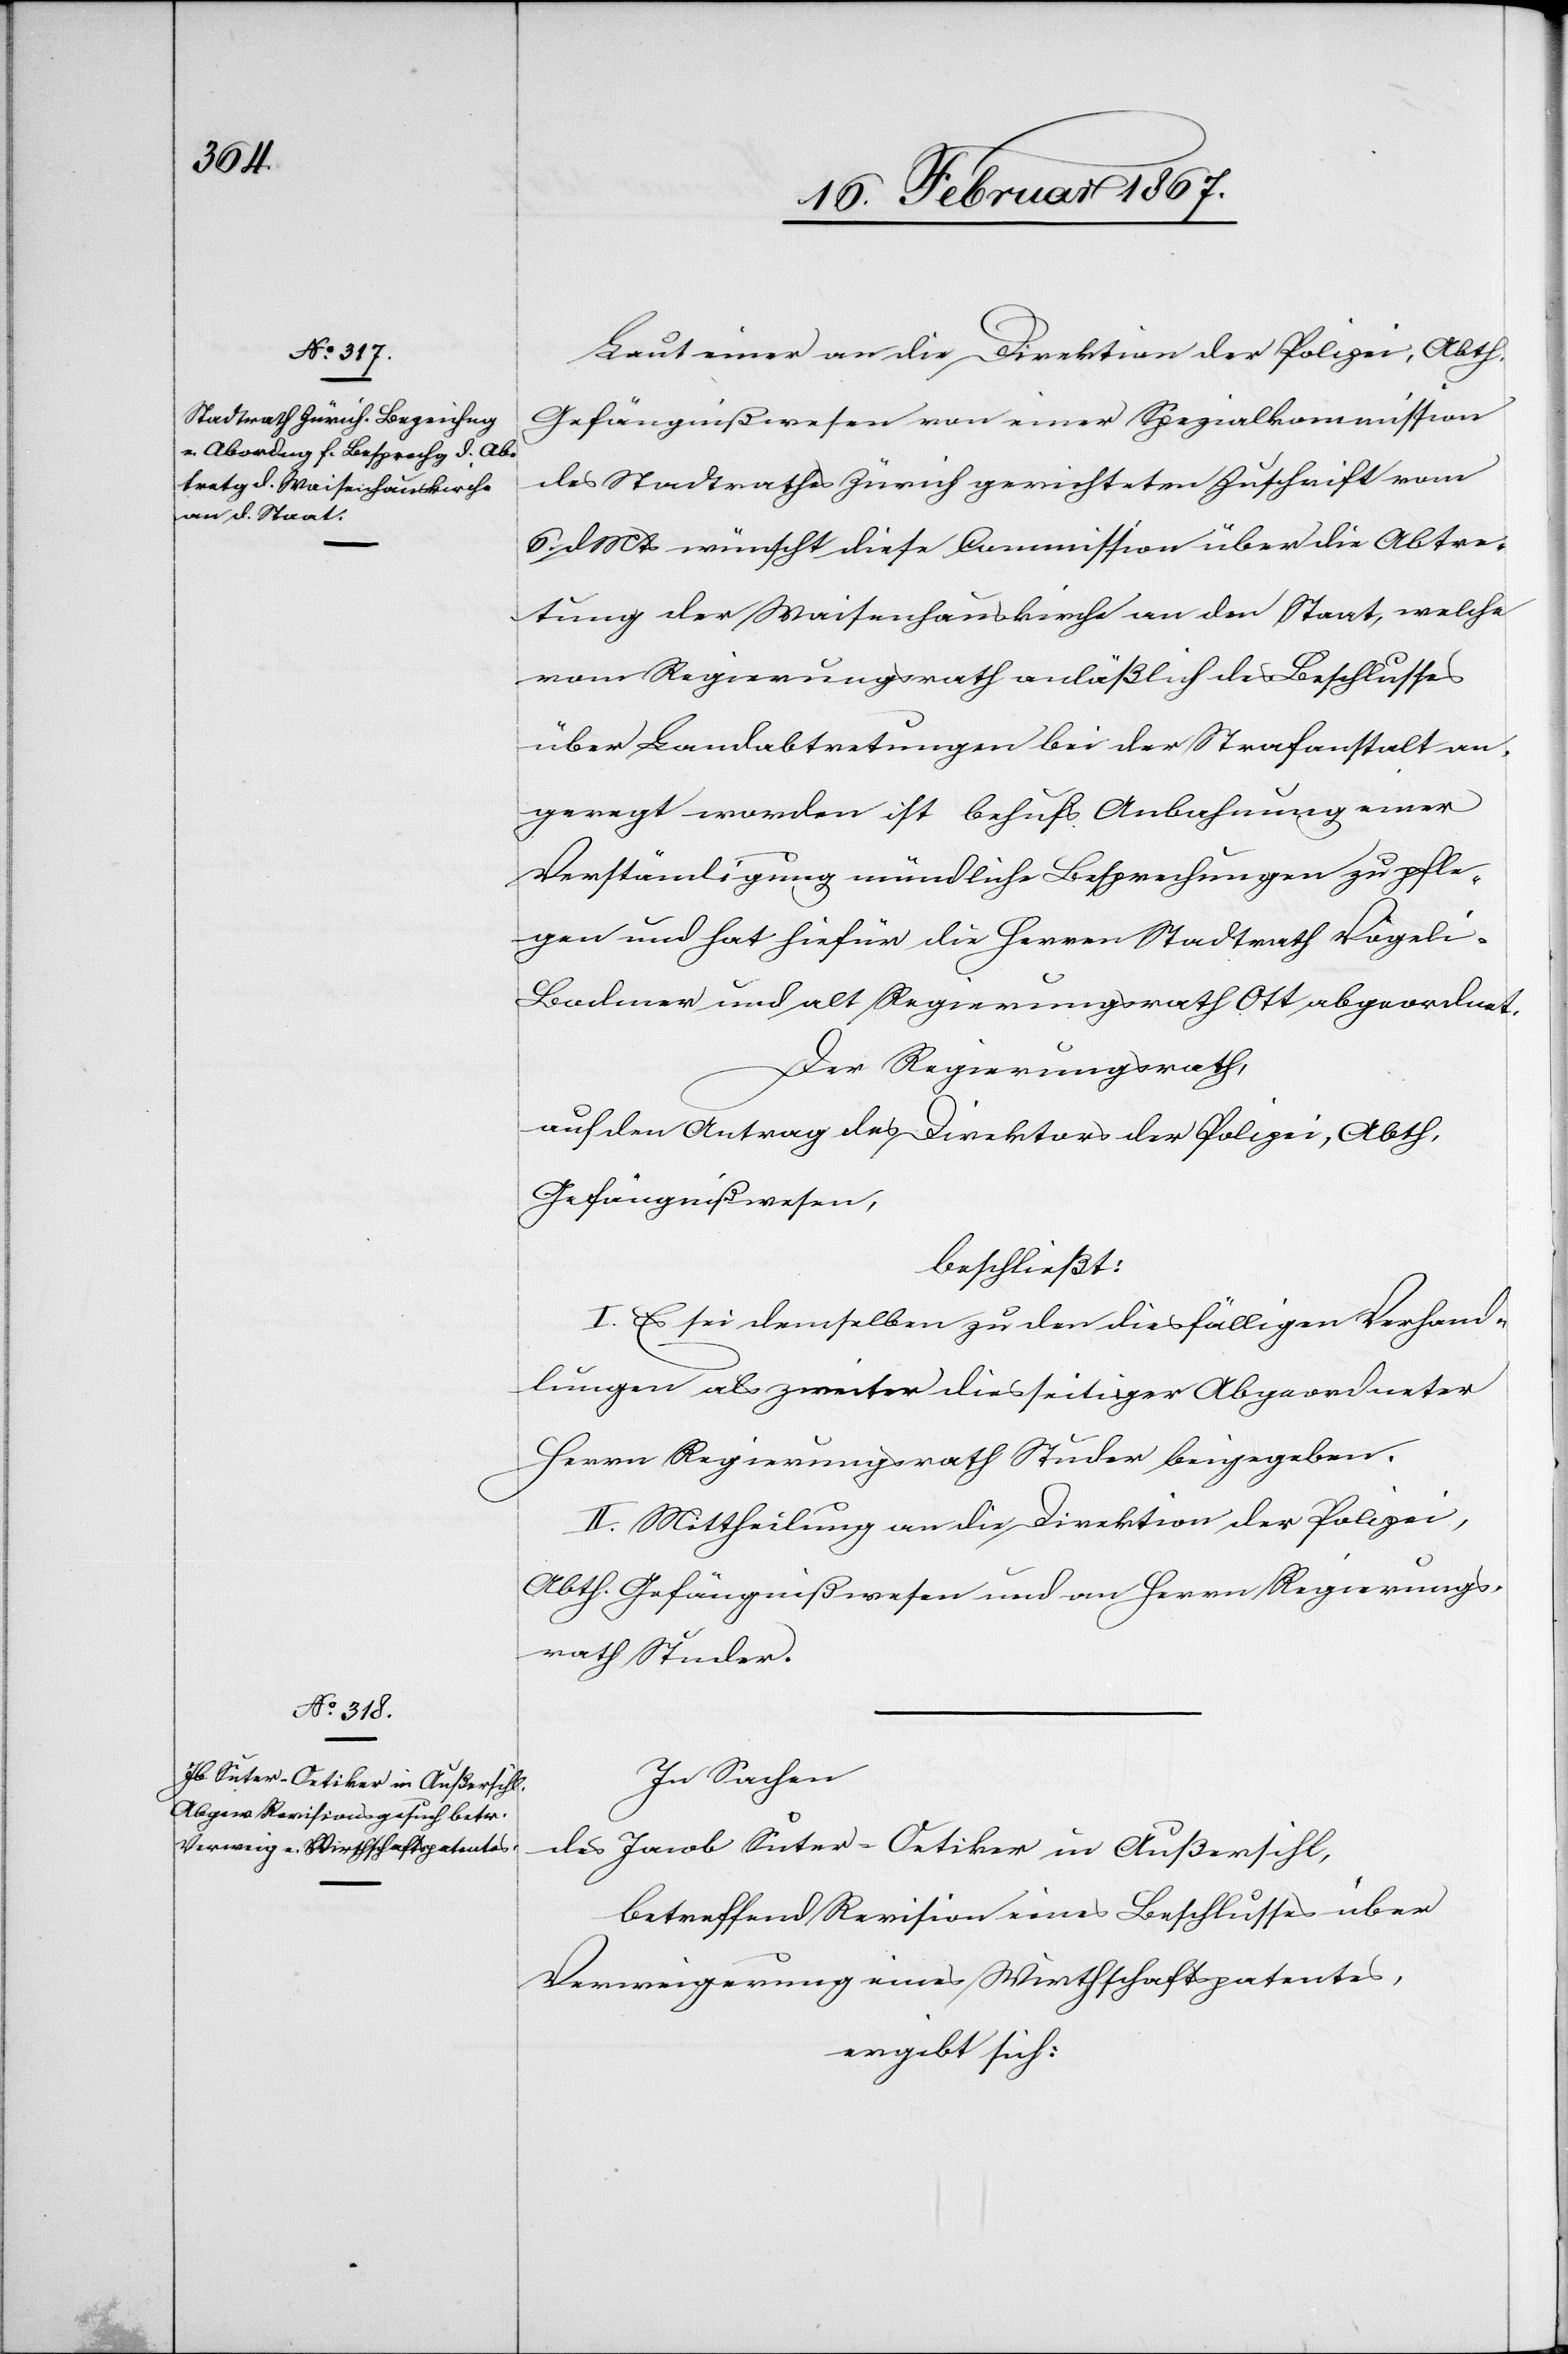
Laut einer an die Direktion der Polizei, Abth.
Gefängnißwesen von einer Spezialkommission
des Stadtrathes Zürich gerichteten Zuschrift vom
6. d. Mts wünscht diese Commission über die Abtre¬
tung der Waisenhauskirche an den Staat, welche
vom Regierungsrath anläßlich des Beschlusses
über Landabtretungen bei der Strafanstalt an¬
geregt worden ist behufs Anbahnung einer
Verständigung mündliche Besprechungen zu pfle¬
gen und hat hiefür die Herren Stadtrath Vögel¬
i-Badener und alt Regierungsrath Ott abgeordnet.
Der Regierungsrath,
auf den Antrag des Direktors der Polizei, Abth.
Gefängnißwesen,
beschließt:
I. Es sei demselben zu den diesfälligen Verhand¬
lungen als zweiter diesseitiger Abgeordneter
Herrn Regierungsrath Studer beizugeben.
II. Mittheilung an die Direktion der Polizei,
Abth. Gefängnißwesen und an Herrn Regierungs¬
rath Studer.
In Sachen
des Jacob Suter-Oetiker in Außersihl,
betreffend Revision eines Beschlusses über
Verweigerung eines Wirthschaftspatentes,
ergibt sich: